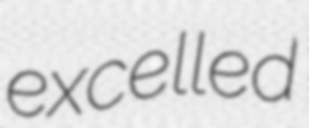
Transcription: excelled